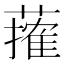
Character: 𦾣